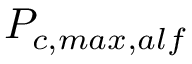
P _ { c , m a x , a l f }